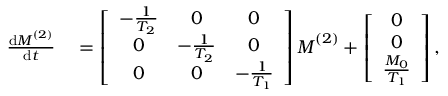
\begin{array} { r l } { \frac { \mathrm { d } \boldsymbol { M } ^ { ( 2 ) } } { \mathrm { d } t } } & { { } = \left[ \begin{array} { c c c } { - \frac { 1 } { T _ { 2 } } } & { 0 } & { 0 } \\ { 0 } & { - \frac { 1 } { T _ { 2 } } } & { 0 } \\ { 0 } & { 0 } & { - \frac { 1 } { T _ { 1 } } } \end{array} \right] \boldsymbol { M } ^ { ( 2 ) } + \left[ \begin{array} { c } { 0 } \\ { 0 } \\ { \frac { M _ { 0 } } { T _ { 1 } } } \end{array} \right] , } \end{array}